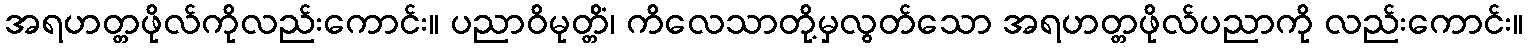
အရဟတ္တဖိုလ်ကိုလည်းကောင်း။ ပညာဝိမုတ္တိံ၊ ကိလေသာတို့မှလွတ်သော အရဟတ္တဖိုလ်ပညာကို လည်းကောင်း။